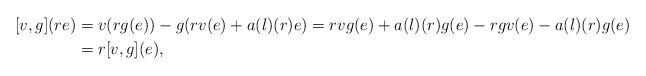
LaTeX: \begin{align*} [v,g](re) &= v (r g(e)) - g (r v(e) + a (l) (r)e)= rvg(e) + a(l)(r)g(e)- rgv(e)- a (l)(r)g(e)\\&= r [v,g](e),\end{align*}